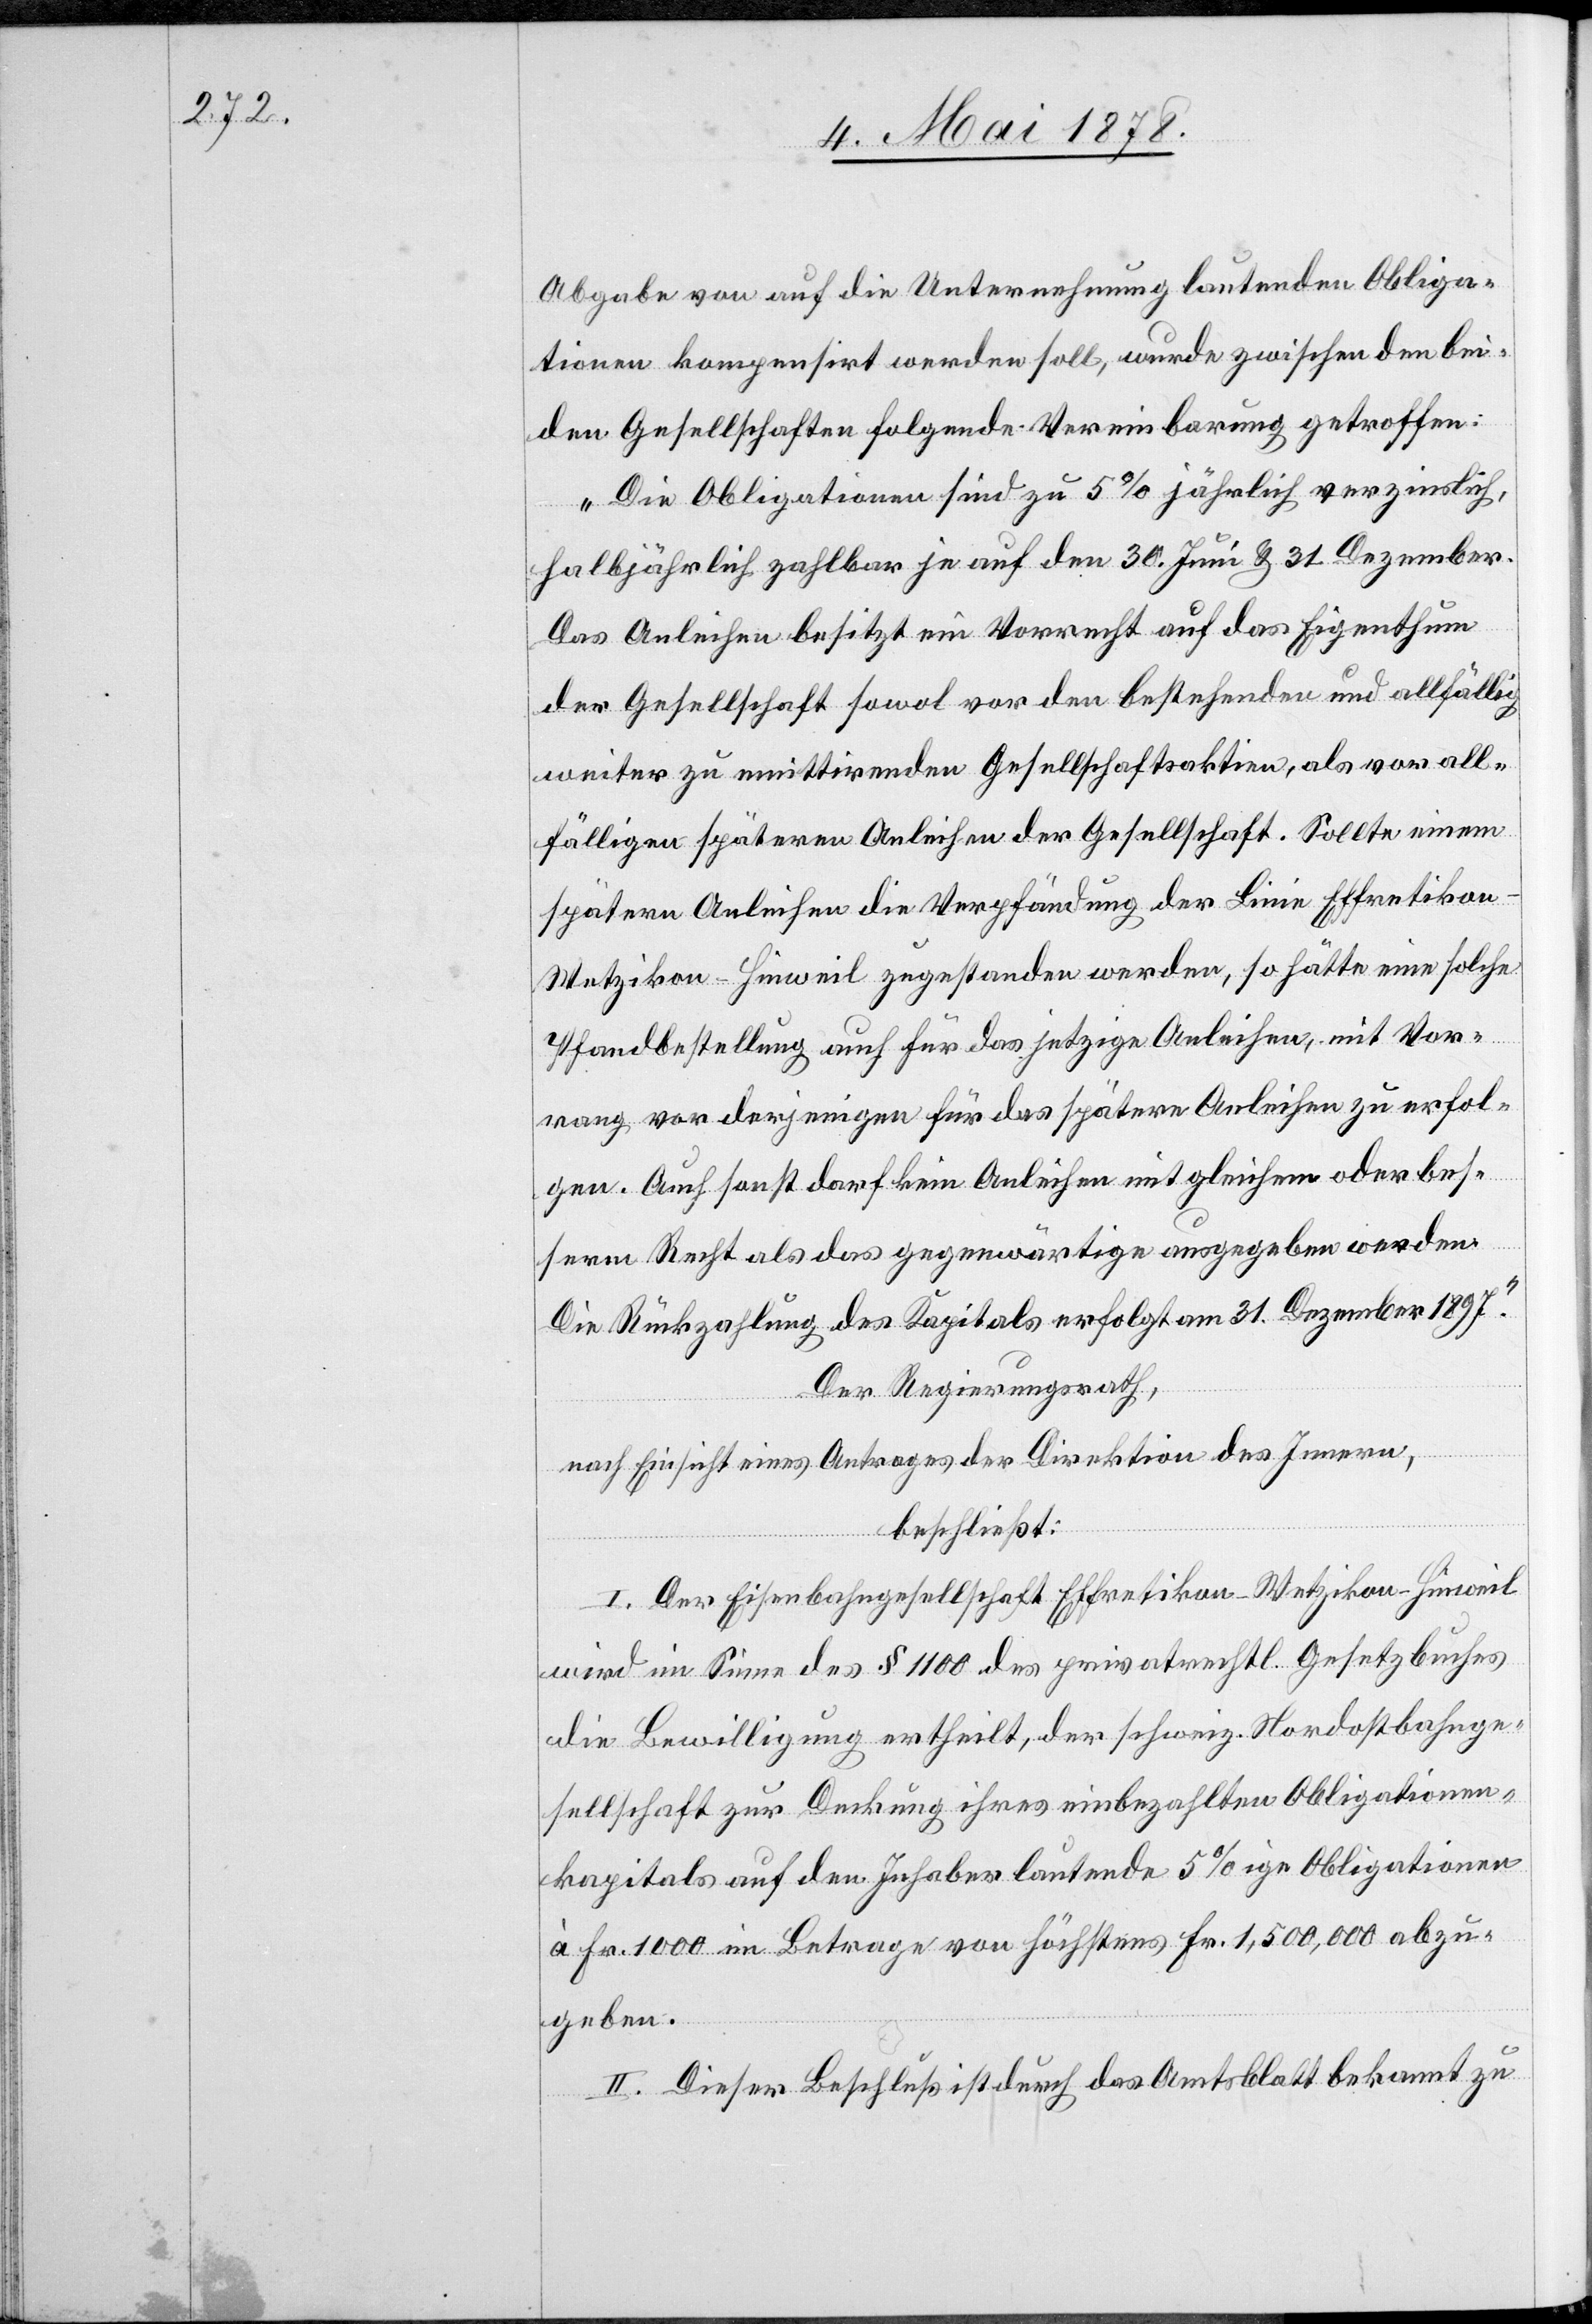
Abgabe von auf die Unternehmung lautenden Obliga¬
tionen kompensirt werden soll, wurde zwischen den bei¬
den Gesellschaften folgende Vereinbarung getroffen:
„Die Obligationen sind zu 5% jährlich verzinslich,
fol¬
halbjährlich zahlbar je auf den 30. Juni & 31. Dezember.
Das Anleihen besitzt ein Vorrecht auf das Eigenthum
der Gesellschaft sowol vor den bestehenden und allfällig
weiter zu emittirenden Gesellschaftsaktien, als vor all¬
fälligen spätern Anleihen der Gesellschaft. Sollte einem
spätern Anleihen die Verpfändung der Linie Effretiko¬
n–Wetzikon–Hinweil zugestanden werden, so hätte eine solche
Pfandbestellung auch für das jetzige Anleihen zu er¬
gen. Auch sonst darf kein Anleihen mit gleichem oder bes¬
serm Recht als das gegenwärtige ausgegeben werden.
Die Rückzahlung des Kapitals erfolgt am 31. Dezember 1897“
Der Regierungsrath,
nach Einsicht eines Antrages der Direktion des Innern,
beschließt:
I. Der Eisenbahngesellschaft Effretikon–Wetzikon–Hinweil
wird im Sinne des § 1100 des privatrechtl. Gesetzbuches
die Bewilligung ertheilt, der schweiz. Nordostbahnge¬
sellschaft zur Deckung ihres einbezahlten Obligationen¬
kapitals auf den Inhaber lautende 5%ige Obligationen
à Fr. 1000 im Betrage von höchstens Fr. 1,500,000 abzu¬
geben.
II. Dieser Beschluß ist durch das Amtsblatt bekannt zu